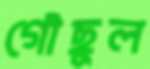
গৌছুল